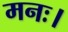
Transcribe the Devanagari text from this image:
मनः।